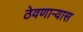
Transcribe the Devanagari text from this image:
ठेवणाऱ्यास